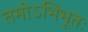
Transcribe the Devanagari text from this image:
तमोऽभिभूतः